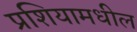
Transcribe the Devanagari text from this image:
प्रशियामधील